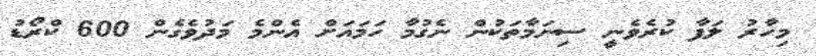
މިހާރު ލަފާ ކުރެވެނީ ސިނަމާތަކުން ނެގުމާ ހަމައަށް އެންމެ މަދުވެގެން 600 ކްރޯޑު